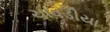
ચાવડીયા